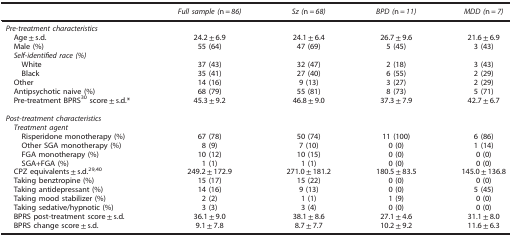
<table><thead><tr><td><b> </b></td><td><b><i>Full sample (</i>n=<i>86)</i></b></td><td><b><i>Sz (</i>n=<i>68)</i></b></td><td><b><i>BPD (</i>n=<i>11)</i></b></td><td><b><i>MDD (</i>n=<i>7)</i></b></td></tr></thead><tbody><tr><td colspan="5"><i>Pre-treatment characteristics</i></td></tr><tr><td> Age±s.d.</td><td>24.2±6.9</td><td>24.1±6.4</td><td>26.7±9.6</td><td>21.6±6.9</td></tr><tr><td> Male (%)</td><td>55 (64)</td><td>47 (69)</td><td>5 (45)</td><td>3 (43)</td></tr><tr><td colspan="5"><i> Self-identified race (%)</i></td></tr><tr><td>White</td><td>37 (43)</td><td>32 (47)</td><td>2 (18)</td><td>3 (43)</td></tr><tr><td>Black</td><td>35 (41)</td><td>27 (40)</td><td>6 (55)</td><td>2 (29)</td></tr><tr><td> Other</td><td>14 (16)</td><td>9 (13)</td><td>3 (27)</td><td>2 (29)</td></tr><tr><td> Antipsychotic naive (%)</td><td>68 (79)</td><td>55 (81)</td><td>8 (73)</td><td>5 (71)</td></tr><tr><td> Pre-treatment BPRS<sup>30</sup> score±s.d.*</td><td>45.3±9.2</td><td>46.8±9.0</td><td>37.3±7.9</td><td>42.7±6.7</td></tr><tr><td> </td><td> </td><td> </td><td> </td><td> </td></tr><tr><td colspan="5"><i>Post-treatment characteristics</i></td></tr><tr><td colspan="5"><i> Treatment agent</i></td></tr><tr><td>Risperidone monotherapy (%)</td><td>67 (78)</td><td>50 (74)</td><td>11 (100)</td><td>6 (86)</td></tr><tr><td>Other SGA monotherapy (%)</td><td>8 (9)</td><td>7 (10)</td><td>0 (0)</td><td>1 (14)</td></tr><tr><td>FGA monotherapy (%)</td><td>10 (12)</td><td>10 (15)</td><td>0 (0)</td><td>0 (0)</td></tr><tr><td>SGA+FGA (%)</td><td>1 (1)</td><td>1 (1)</td><td>0 (0)</td><td>0 (0)</td></tr><tr><td> CPZ equivalents±s.d.<sup>29,40</sup></td><td>249.2±172.9</td><td>271.0±181.2</td><td>180.5±83.5</td><td>145.0±136.8</td></tr><tr><td> Taking benztropine (%)</td><td>15 (17)</td><td>15 (22)</td><td>0 (0)</td><td>0 (0)</td></tr><tr><td> Taking antidepressant (%)</td><td>14 (16)</td><td>9 (13)</td><td>0 (0)</td><td>5 (45)</td></tr><tr><td> Taking mood stabilizer (%)</td><td>2 (2)</td><td>1 (1)</td><td>1 (9)</td><td>0 (0)</td></tr><tr><td> Taking sedative/hypnotic (%)</td><td>3 (3)</td><td>3 (4)</td><td>0 (0)</td><td>0 (0)</td></tr><tr><td> BPRS post-treatment score±s.d.</td><td>36.1±9.0</td><td>38.1±8.6</td><td>27.1±4.6</td><td>31.1±8.0</td></tr><tr><td> BPRS change score±s.d.</td><td>9.1±7.8</td><td>8.7±7.7</td><td>10.2±9.2</td><td>11.6±6.3</td></tr></tbody></table>